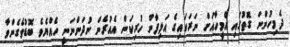
ދެމިހުންނަ ގޮތުގައި އެމީހާއަށް ނަރަކައިގެ އަލިފާން ހުރިކަން އެއުރެން ނުދަންނަނީ ހެއްޔެވެ ބޮޑުވެގެންވާ